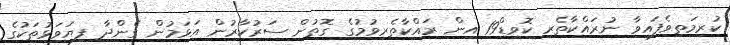
ކުރިމަތިވެފައިވާ ނުރައްކާތެރި ކޮވިޑް19 އިން ރައްކާތެރިވުމުގެ ގޮތުން ސަރުކާރުން އަޅަމުން ގެންދާ ފިޔަވަޅުތަކުގެ